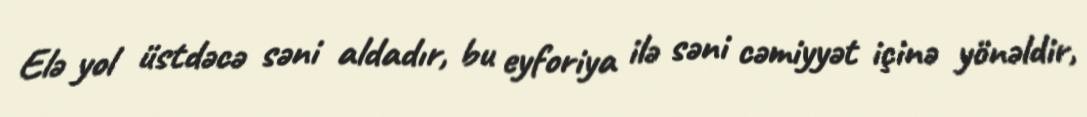
Elə yol üstdəcə səni aldadır, bu eyforiya ilə səni cəmiyyət içinə yönəldir,